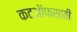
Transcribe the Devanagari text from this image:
कटऑफसाठी